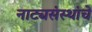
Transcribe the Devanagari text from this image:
नाट्यसंस्थांचे